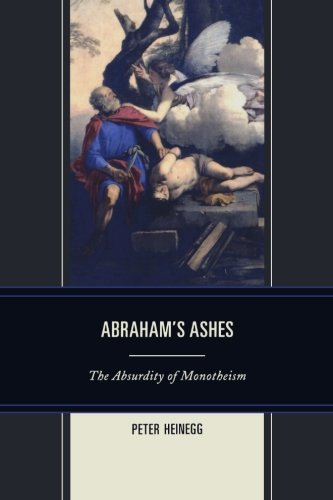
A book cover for Abraham's Ashes: The Absurdity of Monotheism; Peter Heinegg; Religion & Spirituality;